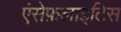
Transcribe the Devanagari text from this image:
एंसेफ़लाइटिस